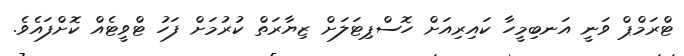
ޓްރަމްޕް ވަނީ އަނބިމީހާ ކައިރިއަށް ހޮސްޕިޓަލަށް ޒިޔާރަތް ކުރުމަށް ފަހު ޓްވީޓެއް ކޮށްފައެވެ.